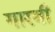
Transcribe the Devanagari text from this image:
गारबी